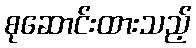
စုဆောင်းထားသည့်